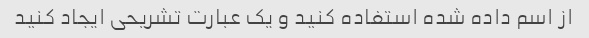
از اسم داده شده استفاده کنید و یک عبارت تشریحی ایجاد کنید